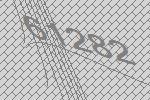
61282